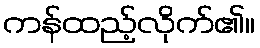
ကန်ထည့်လိုက်၏။